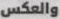
والعكس